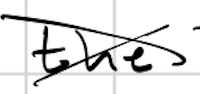
Text: the
Cross-out: cross
Writing tool: digital_black